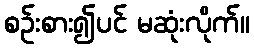
စဉ်းစား၍ပင် မဆုံးလိုက်။